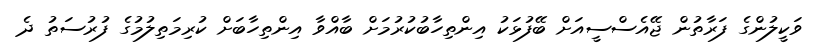
ވަކީލުންގެ ފަރާތުން ޖޭއެސްސީއަށް ބޭފުޅަކު އިންތިހާބުކުރުމަށް ބާއްވާ އިންތިހާބަށް ކުރިމަތިލުމުގެ ފުރުސަތު ދެ